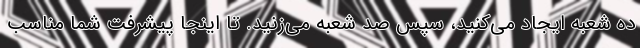
ده شعبه ایجاد می‌کنید، سپس صد شعبه می‌زنید. تا اینجا پیشرفت شما مناسب